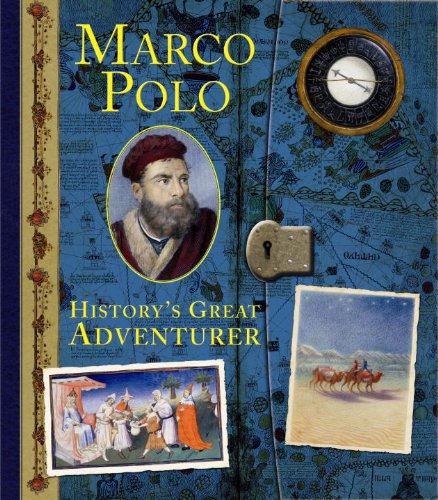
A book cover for Marco Polo: History's Great Adventurer (Historical Notebooks); Clint Twist; Children's Books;